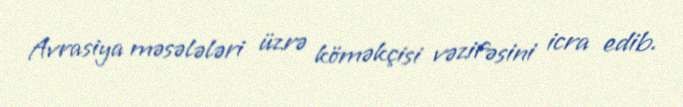
Avrasiya məsələləri üzrə köməkçisi vəzifəsini icra edib.